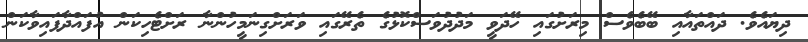
ދިޔައެވެ. ދައްތައާއި ބޭބެވެސް މިރަށުގައި ހޭދަވީ މަދުދުވަސްކޮޅުގެ ތެރޭގައި ވަރަށްގިނަމީހުންނާ ރަށްޓެހިކަން އުފައްދާފައިވާކަން